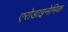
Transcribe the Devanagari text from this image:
एरोडाइनेमिक